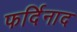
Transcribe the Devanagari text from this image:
फर्दिनाद